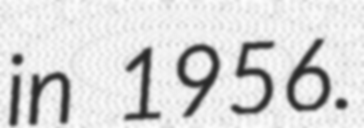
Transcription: in 1956.